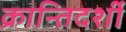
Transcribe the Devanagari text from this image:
क्रान्तिदर्शी